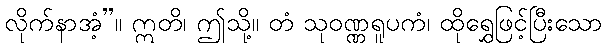
လိုက်နာအံ့”။ ဣတိ၊ ဤသို့။ တံ သုဝဏ္ဏရူပကံ၊ ထိုရွှေဖြင့်ပြီးသော